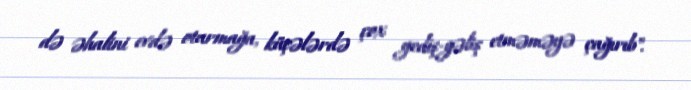
də əhalini evdə oturmağa, küçələrdə çox gediş-gəliş etməməyə çağırıb".